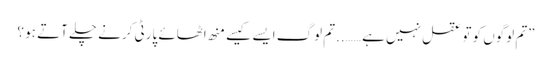
”تم لوگوں کو تو عقل نہیں ہے ……..تم لوگ ایسے کیسے منھ اٹھائے پارٹی کرنے چلے آتے ہو ؟